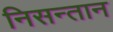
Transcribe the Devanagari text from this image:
निसन्तान